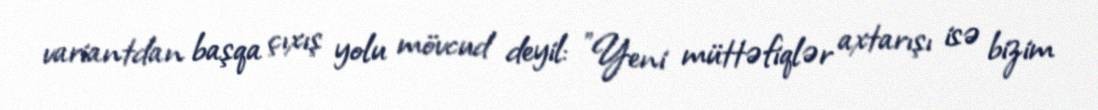
variantdan başqa çıxış yolu mövcud deyil: "Yeni müttəfiqlər axtarışı isə bizim